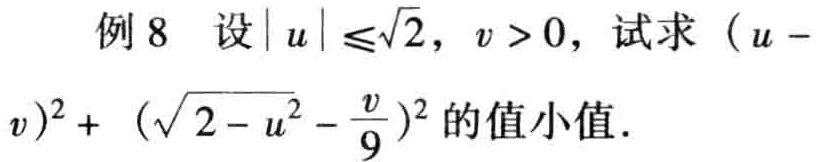
例8 设\(\vert u\vert\leqslant\sqrt{2}\)，\(v > 0\)，试求\((u - v)^{2}+(\sqrt{2 - u^{2}}-\frac{v}{9})^{2}\)的最小值．